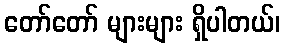
တော်တော် များများ ရှိပါတယ်၊